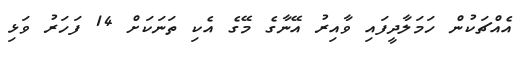
އެއްޗަކުން ހަމަލާދީފައި ވާއިރު އޭނާގެ މޭގެ އެކި ތަނަކަށް 14 ފަހަރު ވަޅި